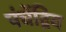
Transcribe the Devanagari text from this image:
पंचेंद्रिय